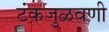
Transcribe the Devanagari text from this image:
टंकजुळवणी